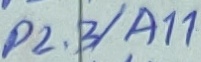
Text: P2.3/A11